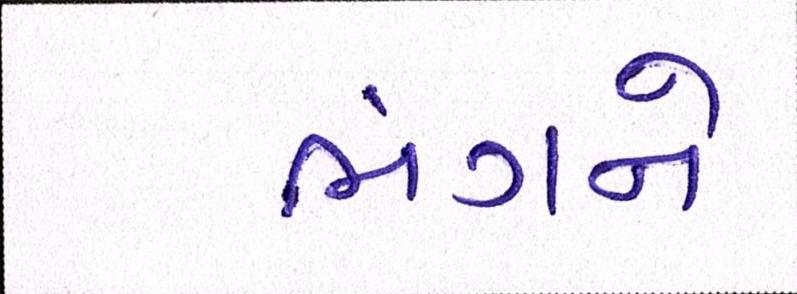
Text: ભંગને